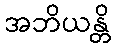
အဘိယန္တိ